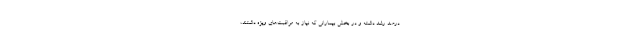
درصد رشد داشته و در بخش بیمارانی که نیاز به مراقبت‌های ویژه داشتند،